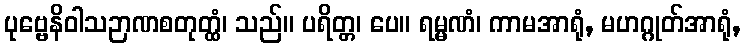
ပုဗ္ဗေနိဝါသဉာဏစတုတ္ထံ၊ သည်။ ပရိတ္တ၊ ပေ။ ရမ္မဏံ၊ ကာမအာရုံ, မဟဂ္ဂုတ်အာရုံ,